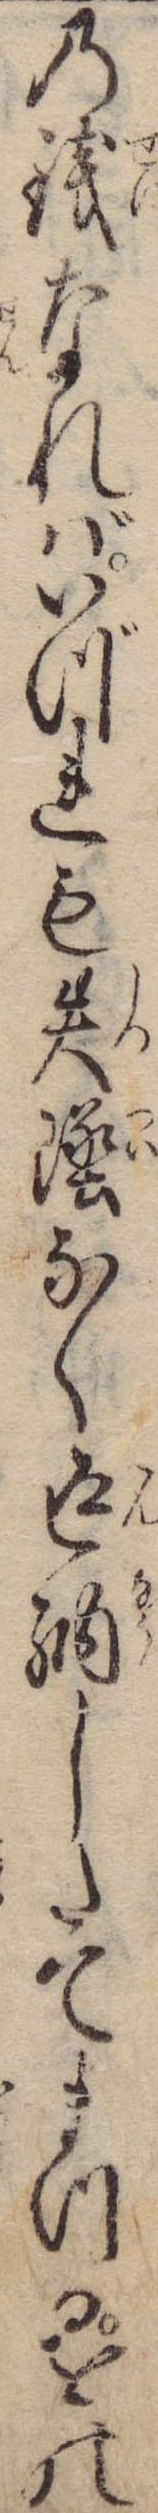
の銭なればいづれも失墜なく返納したてまつるをの